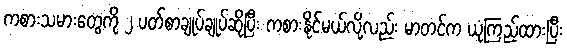
ကစားသမားတွေကို ၂ ပတ်စာချုပ်ချုပ်ဆိုပြီး ကစားနိုင်မယ်လို့လည်း မာတင်က ယုံကြည်ထားပြီး